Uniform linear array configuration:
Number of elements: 8
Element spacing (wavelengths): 0.75
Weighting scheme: exponential
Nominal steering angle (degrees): -60
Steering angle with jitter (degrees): -58.168
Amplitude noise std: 0.05
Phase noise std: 0.05

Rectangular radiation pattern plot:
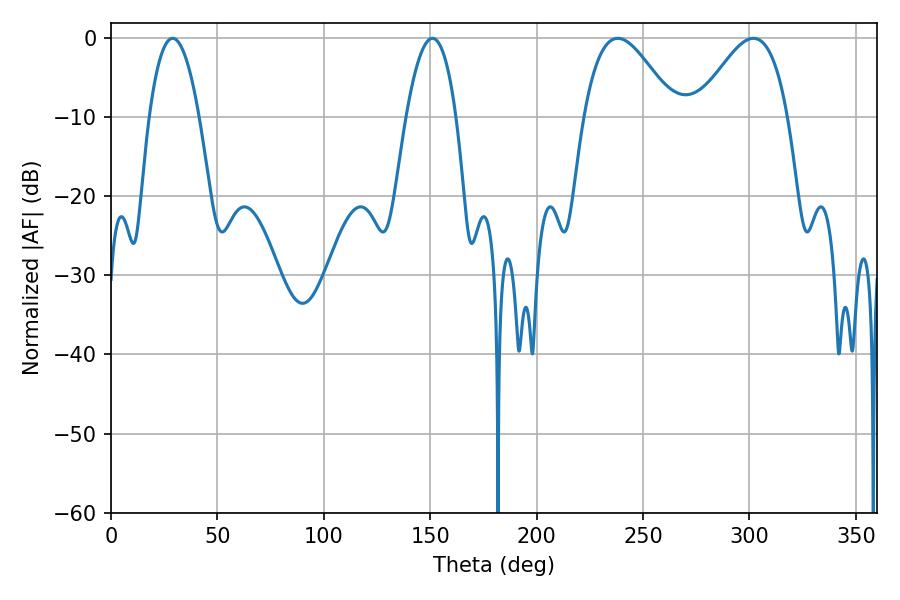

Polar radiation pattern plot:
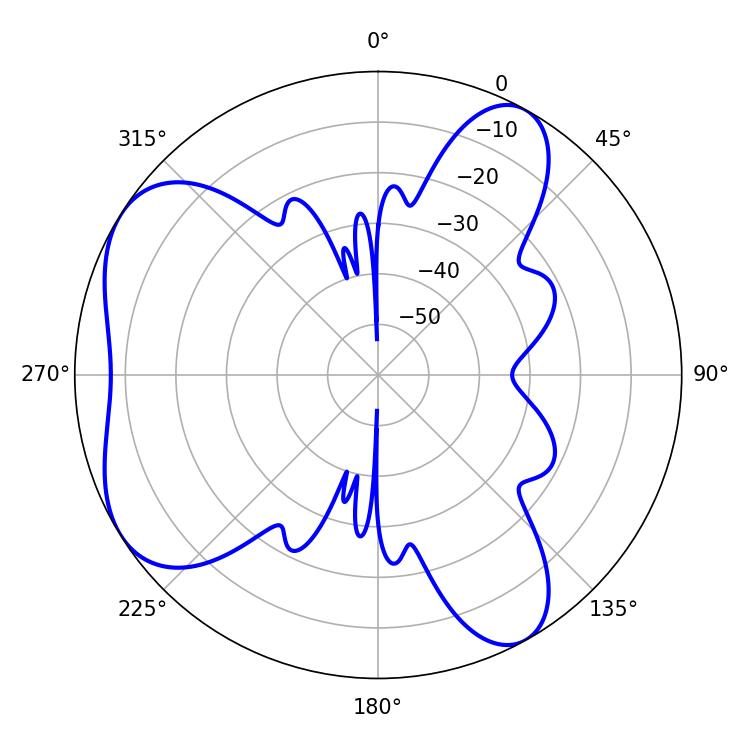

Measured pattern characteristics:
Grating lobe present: TRUE
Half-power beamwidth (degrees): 23.04
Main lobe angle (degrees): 238.14